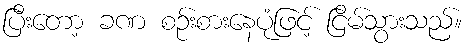
ပြီးတော့ ခဏ စဉ်းစားနေပုံဖြင့် ငြိမ်သွားသည်။